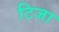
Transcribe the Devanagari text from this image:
टिजा